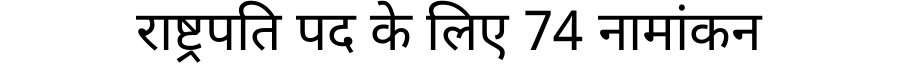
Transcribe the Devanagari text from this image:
राष्ट्रपति पद के लिए 74 नामांकन